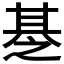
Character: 𰢪